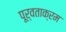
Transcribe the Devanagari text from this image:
पूर्वताक्रम